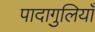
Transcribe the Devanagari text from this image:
पादागुलियाँ